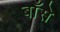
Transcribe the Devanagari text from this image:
बाँसे